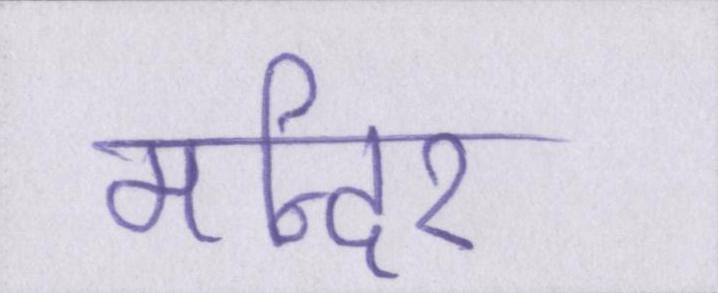
मन्दिर